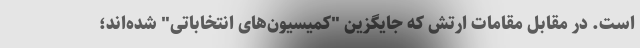
است. در مقابل مقامات ارتش که جایگزین "کمیسیون‌های انتخاباتی" شده‌اند؛